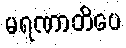
မရဏာတိပေ